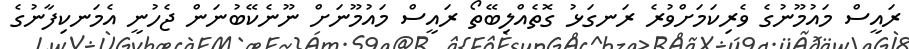
ރައީސް މައުމޫނުގެ ވެރިކަމަށްވުރެ ރަނގަޅު ގޮތެއްލިބޭތޯ ރައީސް މައުމޫނަށް ނޫނެކޭބުނަން ޖެހުނީ އެމަނކިފާނުގެ